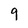
Character: 9